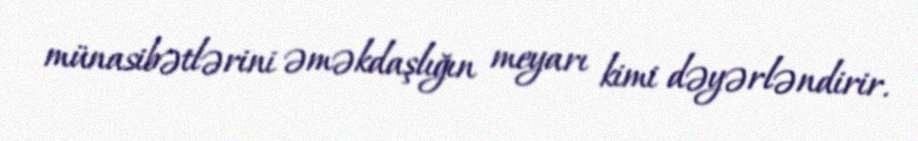
münasibətlərini əməkdaşlığın meyarı kimi dəyərləndirir.